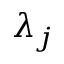
\lambda _ { j }